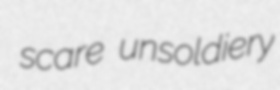
scare unsoldiery